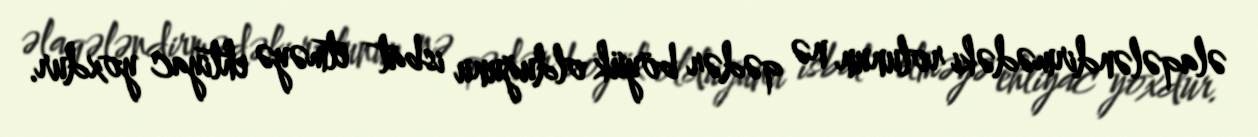
əlaqələndirmədəki rolunun nə qədər böyük olduğunu isbat etməyə ehtiyac yoxdur.